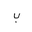
Letter: _ba